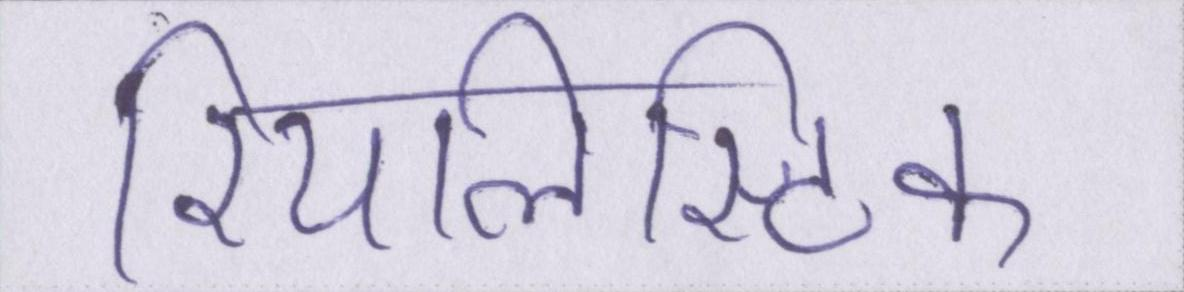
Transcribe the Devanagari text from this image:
रियलिस्टिक